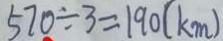
5 7 0 \div 3 = 1 9 0 ( k m )